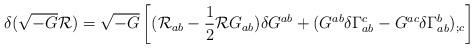
LaTeX: \begin{align*}\delta(\sqrt{-G}{\cal R})=\sqrt{-G}\left[({\cal R}_{ab} -\frac{1}{2}{\cal R}G_{ab})\delta G^{ab} +(G^{ab}\delta\Gamma^{c}_{ab}-G^{ac}\delta\Gamma^{b}_{ab})_{;c} \right] \end{align*}